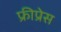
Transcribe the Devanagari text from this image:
फ्रीप्रेस